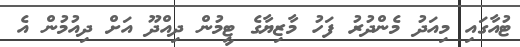
ޓުއާގައި މިއަދު މެންދުރު ފަހު މާޒިޔާގެ ޓީމުން ދިއްދޫ އަށް ދިއުމުން އެ